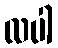
လပါ